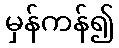
မှန်ကန်၍